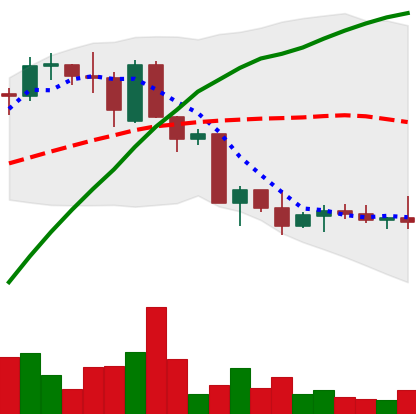
Ticker: ETC-USD
Chart end date: 2022-09-27
Forward return: -4.314%
Label: down_3_5